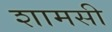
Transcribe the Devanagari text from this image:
शामसी